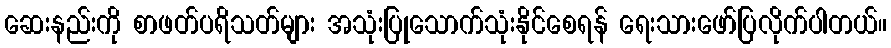
ဆေးနည်းကို စာဖတ်ပရိသတ်များ အသုံးပြုသောက်သုံးနိုင်စေရန် ရေးသားဖော်ပြလိုက်ပါတယ်။